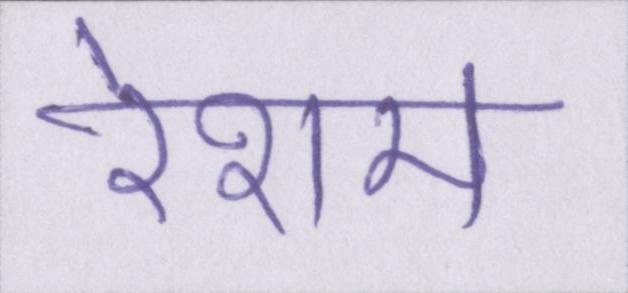
रेशम